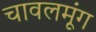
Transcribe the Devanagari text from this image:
चावलमूंग